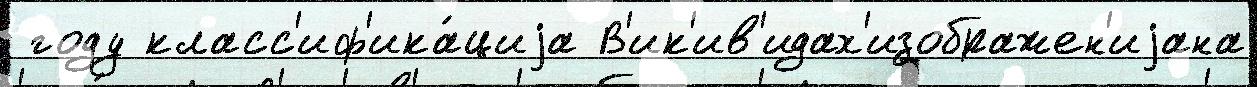
 году класс'иф'ика́циjа В'ик'ив'идах'изображен'иjана